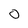
Character: 0